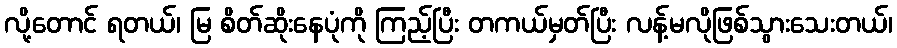
လို့တောင် ရတယ်၊ မြ စိတ်ဆိုးနေပုံကို ကြည့်ပြီး တကယ်မှတ်ပြီး လန့်မလိုဖြစ်သွားသေးတယ်၊